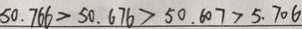
5 0 . 7 6 6 > 5 0 . 6 7 6 > 5 0 . 6 0 7 > 5 . 7 0 6